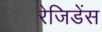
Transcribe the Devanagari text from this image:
रेजिडेंस